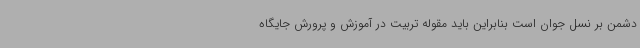
دشمن بر نسل جوان است بنابراین باید مقوله تربیت در آموزش و پرورش جایگاه